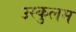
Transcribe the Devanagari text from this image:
उस्कुलम